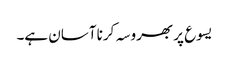
یسوع پر بھروسہ کرنا آسان ہے۔